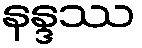
နန္ဒဿ